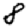
Digit: 8